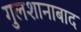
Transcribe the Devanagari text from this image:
गुलशानाबाद